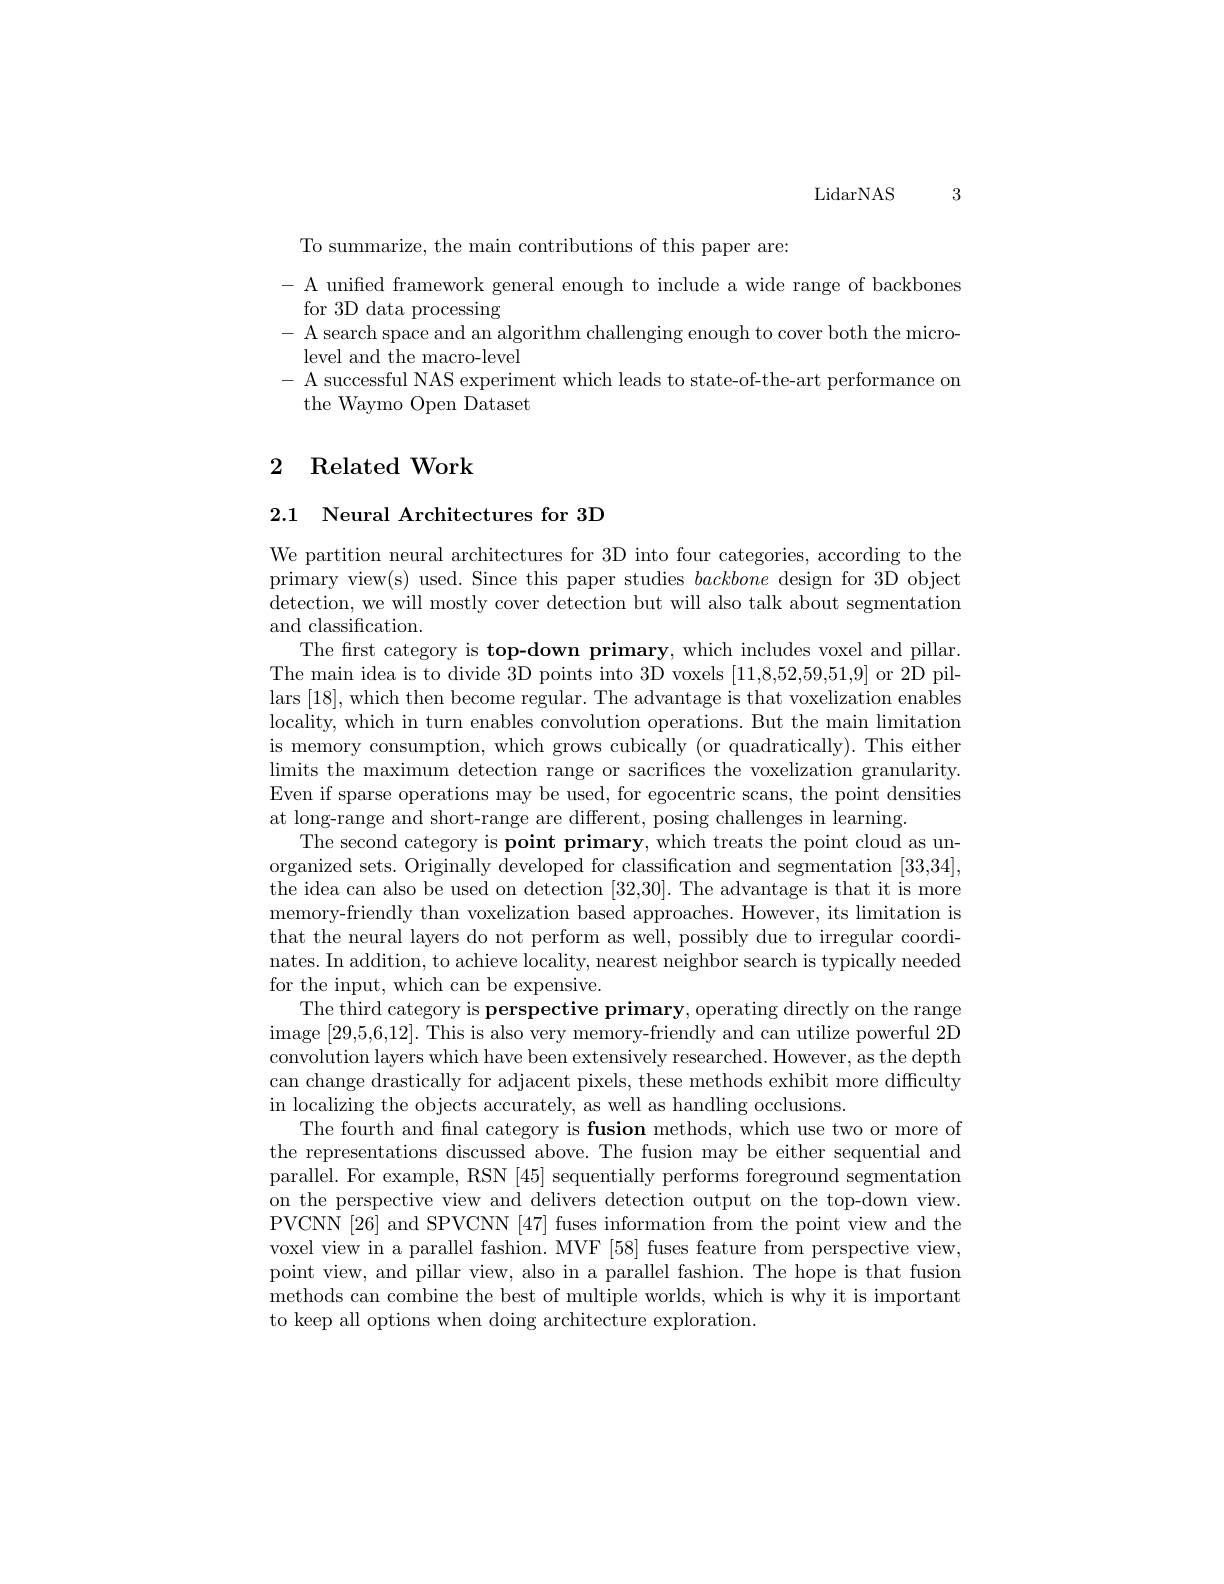
LidarNAS 3

To summarize, the main contributions of this paper are:
- A unified framework general enough to include a wide range of backbones
for 3D data processing
- A search space and an algorithm challenging enough to cover both the micro- A search space and an algorithm challenging enough to cover both the micro-
level and the macro-level
- A successful NAS experiment which leads to state-of-the-art performance on
the Waymo Open Dataset

## 2 Related Work

2.1 Neural Architectures for 3D

We partition neural architectures for 3D into four categories, according to the primary view(s) used. Since this paper studies backbone design for 3D object detection, we will mostly cover detection but will also talk about segmentation and classification.
The first category is top-down primary, which includes voxel and pillar. The main idea is to divide 3D points into 3D voxels [11,8,52,59,51,9] or 2D pillars [18],which then become regular. The advantage is that voxelization enables locality, which in turn enables convolution operations. But the main limitation is memory consumption, which grows cubically (or quadratically). This either $\operatorname*{limits~the~maximum~detection~range~or~sacrifices~the~voxelization~granularity}$ Even if sparse operations may be used, for egocentric scans, the point densities at long-range and short-range are different, posing challenges in learning.
The second category is point primary, which treats the point cloud as unorganized sets. Originally developed for classification and segmentation [33,34] the idea can also be used on detection [32,30]. The advantage is that it is more memory-friendly than voxelization based approaches. However, its limitation is that the neural layers do not perform as well, possibly due to irregular coordinates. In addition, to achieve locality, nearest neighbor search is typically needed for the input, which can be expensive.
The third category is perspective primary, operating directly on the range image [ 29, 5, 6, 12] . This is also very memory- friendly and can utilize powerful 2D convolution layers which have been extensively researched. However, as the depth can change drastically for adjacent pixels, these methods exhibit more difficulty in localizing the objects accurately, as well as handling occlusions.
The fourth and fnal category is fusion methods, which use two or more of the representations discussed above. The fusion may be either sequential and parallel. For example, RSN [45] sequentially performs foreground segmentation on the perspective view and delivers detection output on the top-down view. PVCNN [26] and SPVCNN [47] fuses information from the point view and the voxel view in a parallel fashion. MVF [58] fuses feature from perspective view, point view, and pillar view, also in a parallel fashion. The hope is that fusion methods can combine the best of multiple worlds, which is why it is important to keep all options when doing architecture exploration.